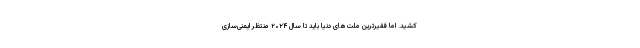
کشید. اما فقیرترین ملت‌های دنیا باید تا سال ۲۰۲۴ منتظر ایمنی‌سازی